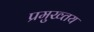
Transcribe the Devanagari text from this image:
प्रमुख्तय